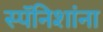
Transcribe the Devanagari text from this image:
स्पॅनिशांना